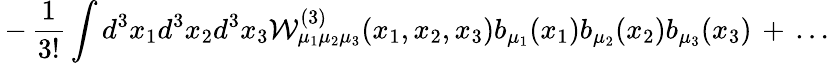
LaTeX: \, -\, \frac{1}{3!}\int d^{3}x_{1}d^{3}x_{2}d^{3}x_{3}{\mathcal W}_{\mu_{1}\mu_{2}\mu_{3}}^{(3)}(x_{1},x_{2},x_{3})b_{\mu_{1}}(x_{1})b_{\mu_{2}}(x_{2})b_{\mu_{3}}(x_{3})\, +\, \ldots